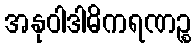
အနုဝါဒါဓိကရဏဉ္စ